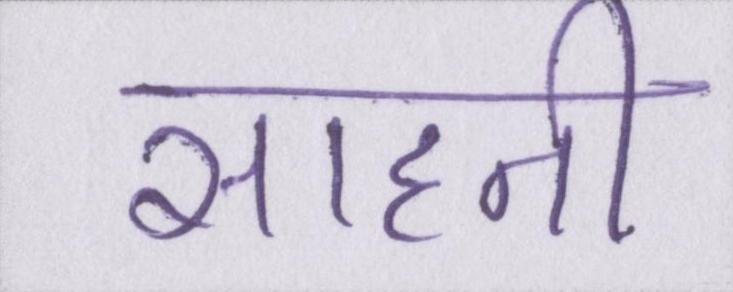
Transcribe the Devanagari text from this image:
साहनी